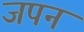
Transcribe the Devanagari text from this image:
जपन